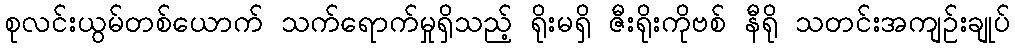
စုလင်းယွမ်တစ်ယောက် သက်ရောက်မှုရှိသည့် ရိုးမရှိ ဇီးရိုးကိုဗစ် နီရို သတင်းအကျဉ်းချုပ်